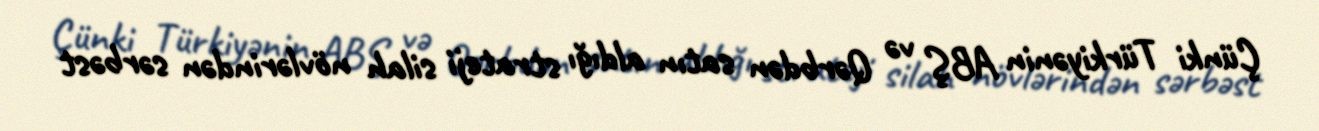
Çünki Türkiyənin ABŞ və Qərbdən satın aldığı strateji silah növlərindən sərbəst